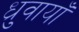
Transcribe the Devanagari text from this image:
ध्रुवायाँ